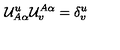
{ \cal U } _ { A \alpha } ^ { u } { \cal U } _ { v } ^ { A \alpha } = \delta _ { v } ^ { u }